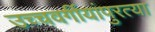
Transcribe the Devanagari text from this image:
उच्चवर्गीयांपुरत्या